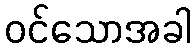
ဝင်သောအခါ